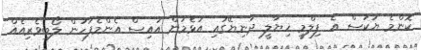
ކޮންމެ ޔަކަސް އެ ފިލްމީ ޚިޔާލީ ދުނިޔޭގައި އުޅެމުން އައިސް އެންމެފަހުން ލޯބިވެރިއެއް